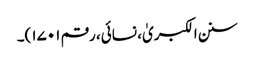
سنن الکبریٰ، نسائی، رقم ۱۷۰۱)۔